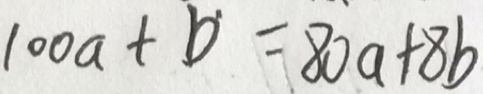
1 0 0 a + b = 8 0 a + 8 b